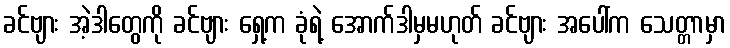
ခင်ဗျား အဲ့ဒါတွေကို ခင်ဗျား ရှေ့က ခုံရဲ့ အောက်ဒါမှမဟုတ် ခင်ဗျား အပေါ်က သေတ္တာမှာ